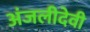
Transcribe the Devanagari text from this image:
अंजलीदेवी